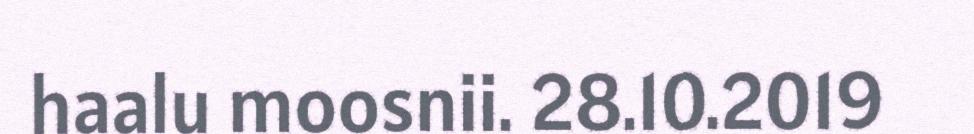
haalu moosnii. 28.10.2019